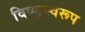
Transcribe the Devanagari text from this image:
विष्णूस्वरूप